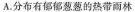
A.分布有郁郁葱葱的热带雨林